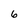
Character: 6